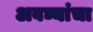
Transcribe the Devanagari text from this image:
अवघ्यांचा